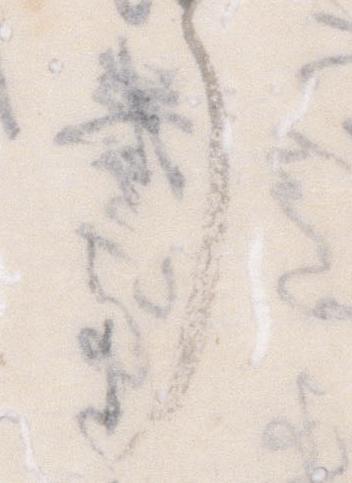
了